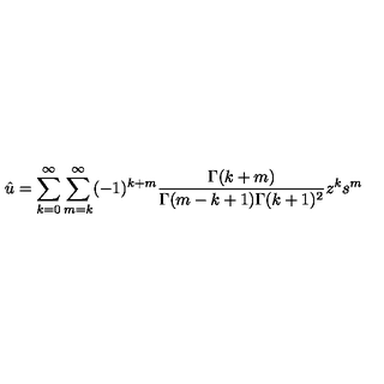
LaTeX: { \hat { u } } = \sum _ { k = 0 } ^ { \infty } \sum _ { m = k } ^ { \infty } ( - 1 ) ^ { k + m } \frac { \Gamma ( k + m ) } { \Gamma ( m - k + 1 ) \Gamma ( k + 1 ) ^ { 2 } } z ^ { k } s ^ { m }